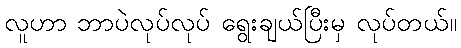
လူဟာ ဘာပဲလုပ်လုပ် ရွေးချယ်ပြီးမှ လုပ်တယ်။